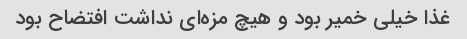
غذا خیلی خمیر بود و هیچ مزه‌ای نداشت افتضاح بود